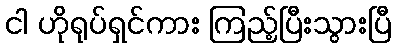
ငါ ဟိုရုပ်ရှင်ကား ကြည့်ပြီးသွားပြီ